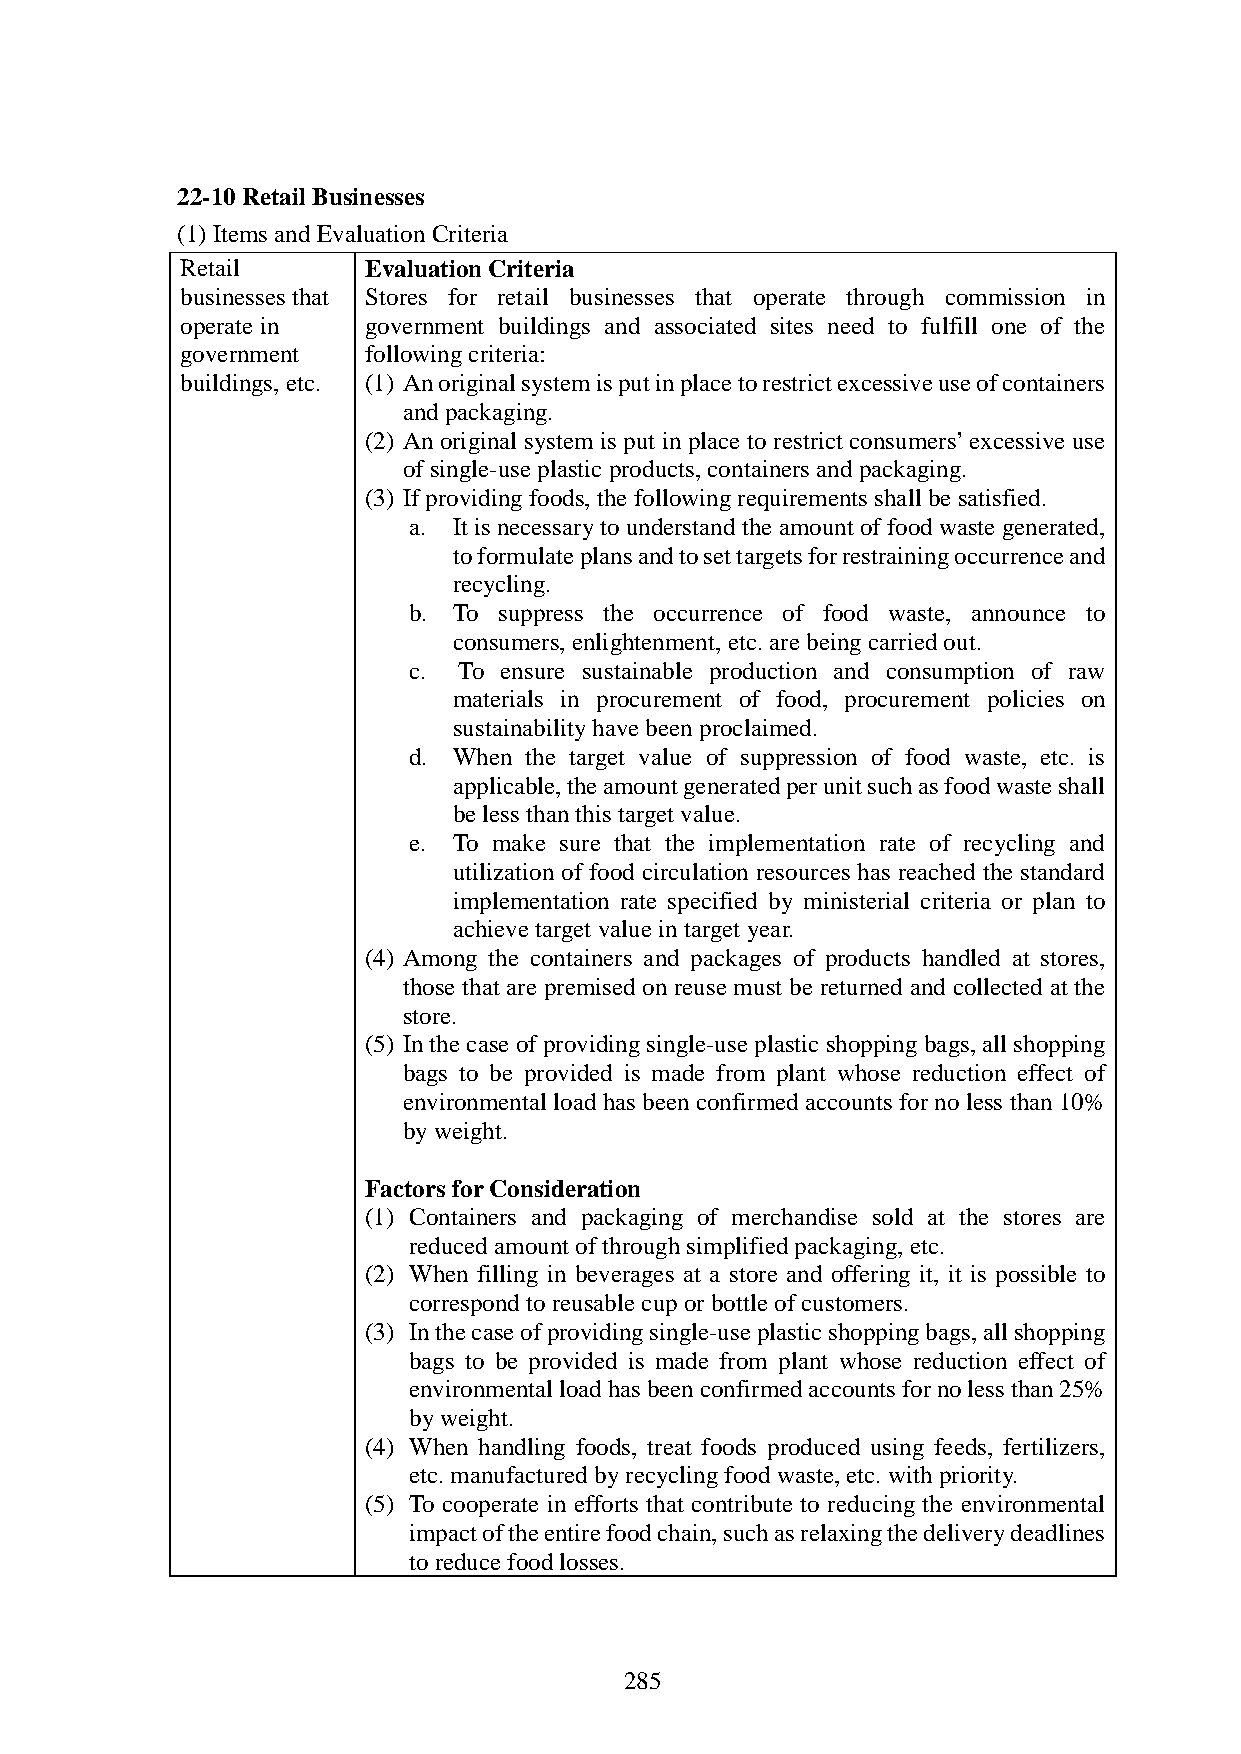
22-10 Retail Businesses
 (1) Items and Evaluation Criteria
 Retail      Evaluation Criteria
 businesses that Stores for retail businesses that operate through commission in
 operate in  government buildings and associated sites need to fulfill one of the
 government  following criteria:
 buildings, etc. (1) An original system is put in place to restrict excessive use of containers
 and packaging.
 (2) An original system is put in place to restrict consumers’ excessive use
 of single-use plastic products, containers and packaging.
 (3) If providing foods, the following requirements shall be satisfied.
 a. It is necessary to understand the amount of food waste generated,
 to formulate plans and to set targets for restraining occurrence and
 recycling.
 b. To suppress the occurrence of food waste, announce to
 consumers, enlightenment, etc. are being carried out.
 c. To ensure sustainable production and consumption of raw
 materials in procurement of food, procurement policies on
 sustainability have been proclaimed.
 d. When the target value of suppression of food waste, etc. is
 applicable, the amount generated per unit such as food waste shall
 be less than this target value.
 e. To make sure that the implementation rate of recycling and
 utilization of food circulation resources has reached the standard
 implementation rate specified by ministerial criteria or plan to
 achieve target value in target year.
 (4) Among the containers and packages of products handled at stores,
 those that are premised on reuse must be returned and collected at the
 store.
 (5) In the case of providing single-use plastic shopping bags, all shopping
 bags to be provided is made from plant whose reduction effect of
 environmental load has been confirmed accounts for no less than 10%
 by weight.
 Factors for Consideration
 (1) Containers and packaging of merchandise sold at the stores are
 reduced amount of through simplified packaging, etc.
 (2) When filling in beverages at a store and offering it, it is possible to
 correspond to reusable cup or bottle of customers.
 (3) In the case of providing single-use plastic shopping bags, all shopping
 bags to be provided is made from plant whose reduction effect of
 environmental load has been confirmed accounts for no less than 25%
 by weight.
 (4) When handling foods, treat foods produced using feeds, fertilizers,
 etc. manufactured by recycling food waste, etc. with priority.
 (5) To cooperate in efforts that contribute to reducing the environmental
 impact of the entire food chain, such as relaxing the delivery deadlines
 to reduce food losses.
 285